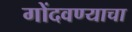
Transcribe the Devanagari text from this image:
गोंदवण्याचा